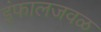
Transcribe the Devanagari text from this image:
इंफालजवळ